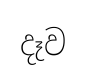
දෑව